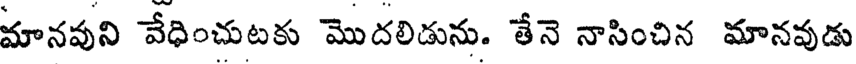
మానవుని వేధించుటకు మొదలిడును. తేనె నాసించిన మానవుడు